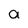
Character: a